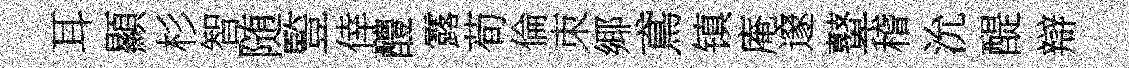
耳顯杉智随䜿倖醴露荀倫朿鄊鳶镇庵邃鼙稽沇醍辯